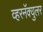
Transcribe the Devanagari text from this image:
व्हरनॅक्युलर